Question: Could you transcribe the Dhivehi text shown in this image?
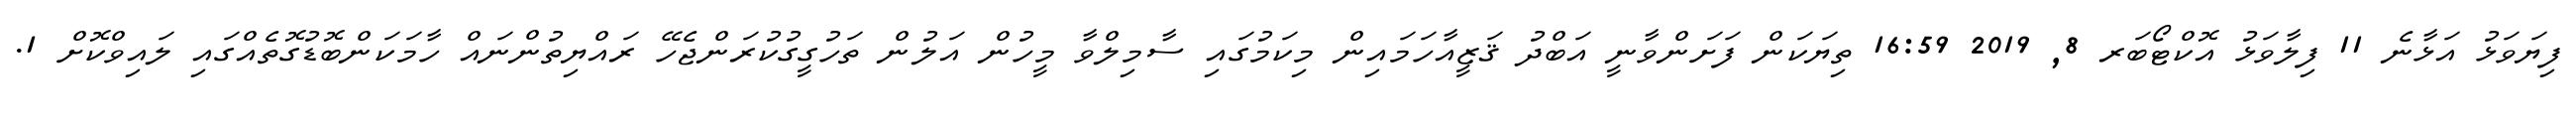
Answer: ފިޔަވަޅު އަޅާނެ 11 ފިލާވަޅު އޮކްޓޯބަރ 8, 2019 16:59 ތިޔަކަން ފަށަންވާނީ އަބްދު ޤަޒީއާހަމައިން މިކަމުގައި ސާމިލްވާ މީހުން އަލުން ތަހުގީގުކުރަންޖެހޭ ރައްޔިތުންނައް ހާމަކަންބޮޑުގޮތެއްގައި ލައިވްކޮށް 1.